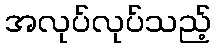
အလုပ်လုပ်သည့်